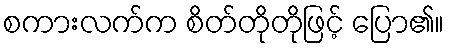
စကားလက်က စိတ်တိုတိုဖြင့် ပြော၏။